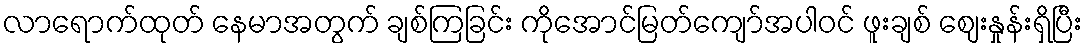
လာရောက်ထုတ် နေမာအတွက် ချစ်ကြခြင်း ကိုအောင်မြတ်ကျော်အပါဝင် ဖူးချစ် ဈေးနှုန်းရှိပြီး